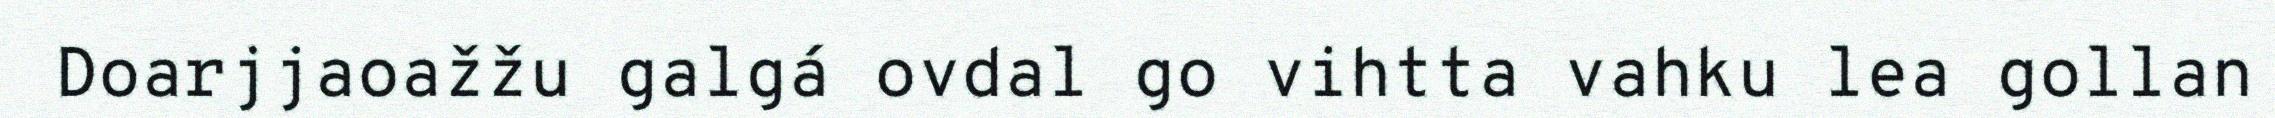
Doarjjaoažžu galgá ovdal go vihtta vahku lea gollan